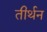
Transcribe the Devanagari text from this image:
तीर्थन